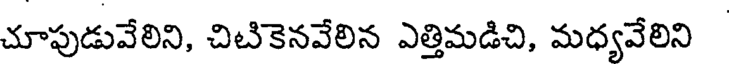
చూపుడువేలిని, చిటికెనవేలిన ఎత్తిమడిచి, మధ్యవేలిని